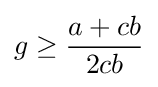
g\geq {\frac {a+cb}{2cb}}